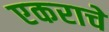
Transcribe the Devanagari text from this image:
एकराचे